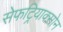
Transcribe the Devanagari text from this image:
सेफट्रियाक्सोन